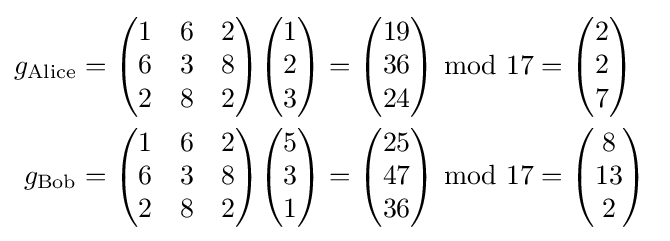
{\begin{aligned}g_{\mathrm {Alice} }&={\begin{pmatrix}1&6&2\\6&3&8\\2&8&2\end{pmatrix}}{\begin{pmatrix}1\\2\\3\end{pmatrix}}={\begin{pmatrix}19\\36\\24\end{pmatrix}}\ \mathrm {mod} \ 17={\begin{pmatrix}2\\2\\7\end{pmatrix}}\ \\g_{\mathrm {Bob} }&={\begin{pmatrix}1&6&2\\6&3&8\\2&8&2\end{pmatrix}}{\begin{pmatrix}5\\3\\1\end{pmatrix}}={\begin{pmatrix}25\\47\\36\end{pmatrix}}\ \mathrm {mod} \ 17={\begin{pmatrix}8\\13\\2\end{pmatrix}}\ \end{aligned}}